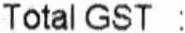
TOTAL GST :